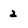
Character: 2